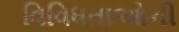
વિવિધતાઓની